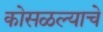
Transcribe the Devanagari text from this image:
कोसळल्याचे